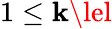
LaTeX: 1\le\mathbf{k}\lel